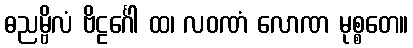
ဓညမ္ဗိလံ ဗိဠင်္ဂေါ ထ၊ လဝဏံ လောဏ မုစ္စတေ။